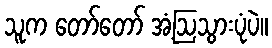
သူက တော်တော် အံ့ဩသွားပုံပဲ။